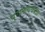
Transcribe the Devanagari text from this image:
पुरातत्ववक्ता